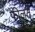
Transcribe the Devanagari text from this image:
फीलते